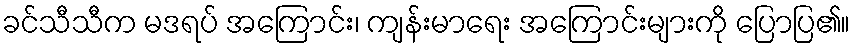
ခင်သီသီက မဒရပ် အကြောင်း၊ ကျန်းမာရေး အကြောင်းများကို ပြောပြ၏။